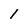
Character: 1